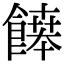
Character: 𩞑